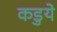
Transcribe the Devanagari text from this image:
कडुये